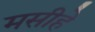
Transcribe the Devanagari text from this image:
मसीहे